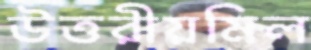
উত্তরীয়মিল